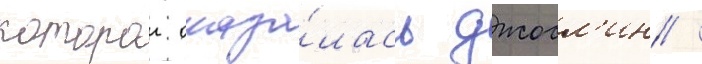
которои оказа́лась джосл'ин /